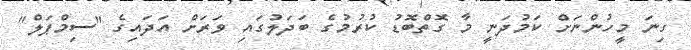
ގިނަ މީހުންނަށް ކަމުދަނީ މާ ގޮތްބޮޑު ކުރުމުގެ ބަދަލުގައި ވަރަށް އަދައިގެ "ސިމްޕަލް"